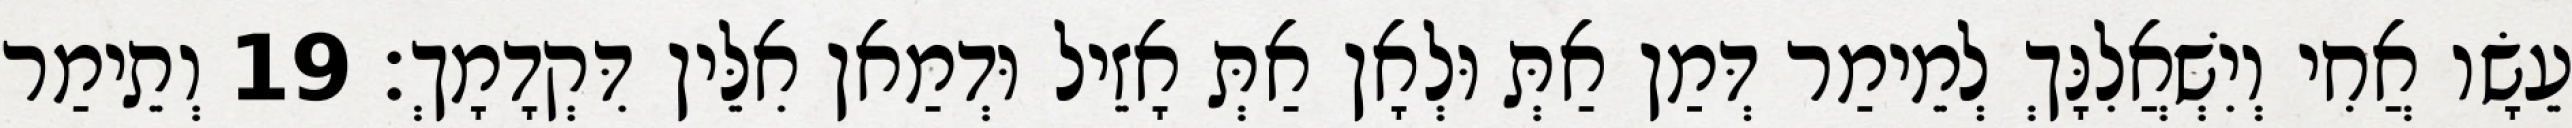
עֵשָׂו אֲחִי וְיִשְׁאֲלִנָּךְ לְמֵימַר דְּמַן אַתְּ וּלְאָן אַתְּ אָזֵיל וּדְמַאן אִלֵּין דִּקְדָמָךְ׃ 19 וְתֵימַר